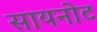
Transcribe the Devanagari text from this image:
सायनोट